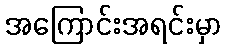
အကြောင်းအရင်းမှာ